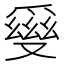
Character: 𤔪